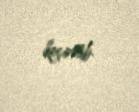
keçirilib.